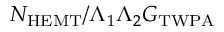
{ N _ { \mathrm { H E M T } } } / { \Lambda _ { 1 } \Lambda _ { 2 } G _ { \mathrm { T W P A } } }